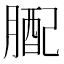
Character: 𦟊